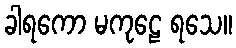
ခါရကော မကုဠေ ရသေ။